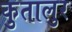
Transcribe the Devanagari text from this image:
कुतालुर